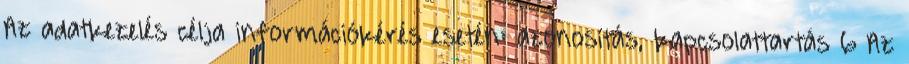
Az adatkezelés célja információkérés esetén: azonosítás, kapcsolattartás 6 Az